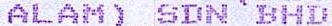
ALAM) SDN BHD